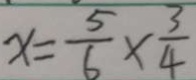
x = \frac { 5 } { 6 } \times \frac { 3 } { 4 }